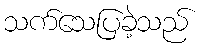
သက်သေပြခဲ့သည်